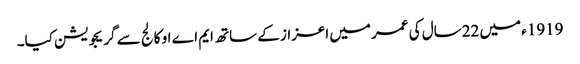
1919ء میں 22سال کی عمر میں اعزاز کے ساتھ ایم اے او کالج سے گریجویشن کیا۔